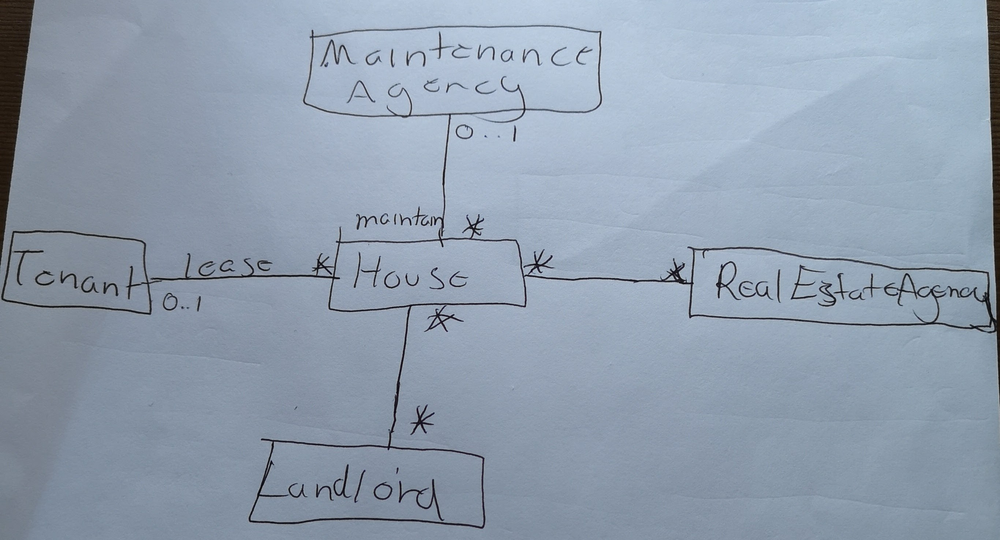
Diagram type: class_diagram
```plantuml
@startuml

class MaintenanceAgency

class House

class Tenant

class RealEstateAgency

class Landlord

House "maintain *" -- "0..1" MaintenanceAgency
House "*" -- "*" RealEstateAgency
House "*" -- "lease 0..1" Tenant
House "*" -- "*" Landlord

@enduml
```